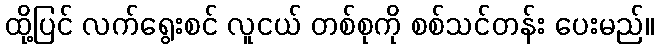
ထို့ပြင် လက်ရွေးစင် လူငယ် တစ်စုကို စစ်သင်တန်း ပေးမည်။